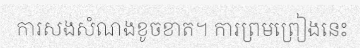
ការសងសំណងខូចខាត។ ការព្រមព្រៀងនេះ